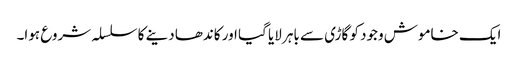
ایک خاموش وجود کو گاڑی سے باہر لایا گیا اور کاندھا دینے کا سلسلہ شروع ہوا۔